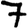
Digit: 7